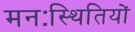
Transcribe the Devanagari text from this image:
मनःस्थितियों